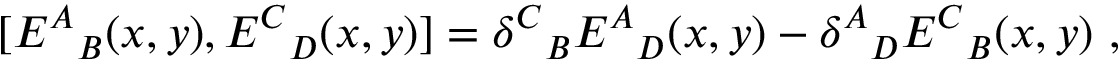
[ { E ^ { A } } _ { B } ( x , y ) , { E ^ { C } } _ { D } ( x , y ) ] = { \delta ^ { C } } _ { B } { E ^ { A } } _ { D } ( x , y ) - { \delta ^ { A } } _ { D } { E ^ { C } } _ { B } ( x , y ) \ ,